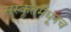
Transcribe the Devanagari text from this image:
संस्कृतमधूनच